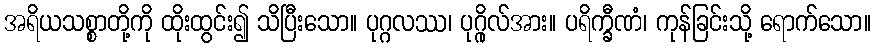
အရိယသစ္စာတို့ကို ထိုးထွင်း၍ သိပြီးသော။ ပုဂ္ဂလဿ၊ ပုဂ္ဂိုလ်အား။ ပရိက္ခီဏံ၊ ကုန်ခြင်းသို့ ရောက်သော။